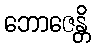
ဘောဇေန္တိ